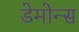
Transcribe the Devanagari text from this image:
डेमोन्स